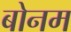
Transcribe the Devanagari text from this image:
बोनम